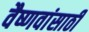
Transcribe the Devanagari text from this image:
वैष्णवांसाठी